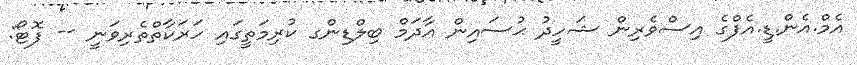
އެމް.އެން.ޑީ.އެފްގެ އިސްވެރިން ޝަހީދު ޙުސައިން އާދަމް ބިލްޑިންގ ކުރިމަތީގައި ހަރަކާތްތެރިވަނީ -- ފޮޓޯ: